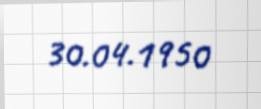
30.04.1950